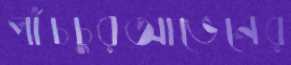
পাঁচচুরআভেনের